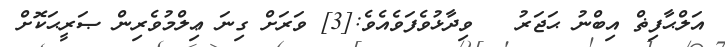
އަލްޙާފިޡް އިބްނު ޙަޖަރު   ވިދާޅުވެފަވެއެވެ:[3] ވަރަށް ގިނަ ޢިލްމުވެރިން ޞަރީޙަކޮށް